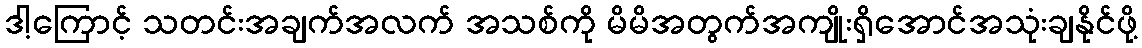
ဒါ့ကြောင့် သတင်းအချက်အလက် အသစ်ကို မိမိအတွက်အကျိုးရှိအောင်အသုံးချနိုင်ဖို့